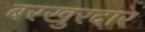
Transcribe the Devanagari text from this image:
बरखुरदार